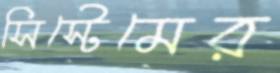
সিস্টেমের